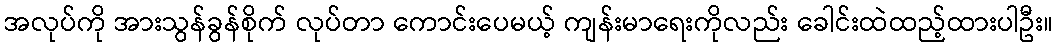
အလုပ်ကို အားသွန်ခွန်စိုက် လုပ်တာ ကောင်းပေမယ့် ကျန်းမာရေးကိုလည်း ခေါင်းထဲထည့်ထားပါဦး။